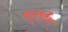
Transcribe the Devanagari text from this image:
चतुर्थाँश